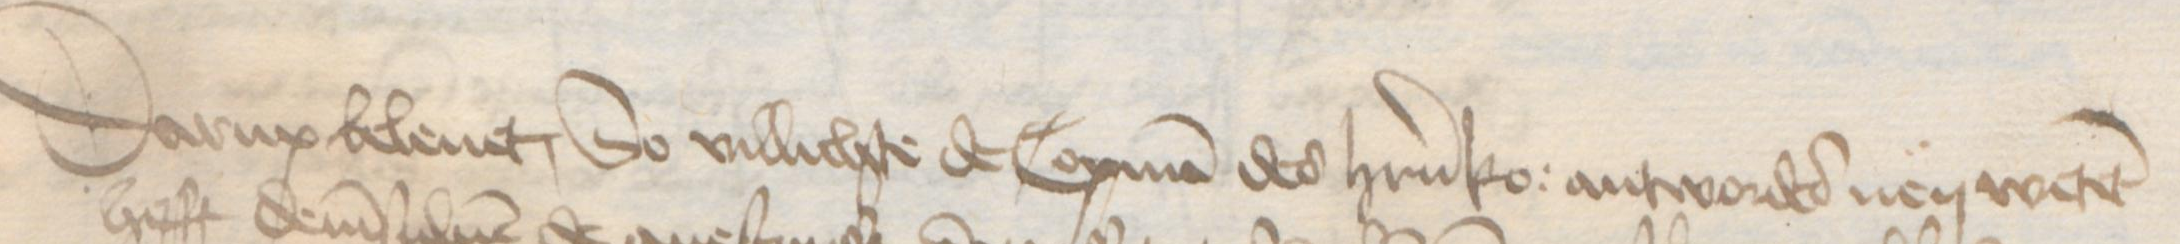
Transcription: Darup beleuet, So villichte de Copman des herrn ko: antwordes nen wetet